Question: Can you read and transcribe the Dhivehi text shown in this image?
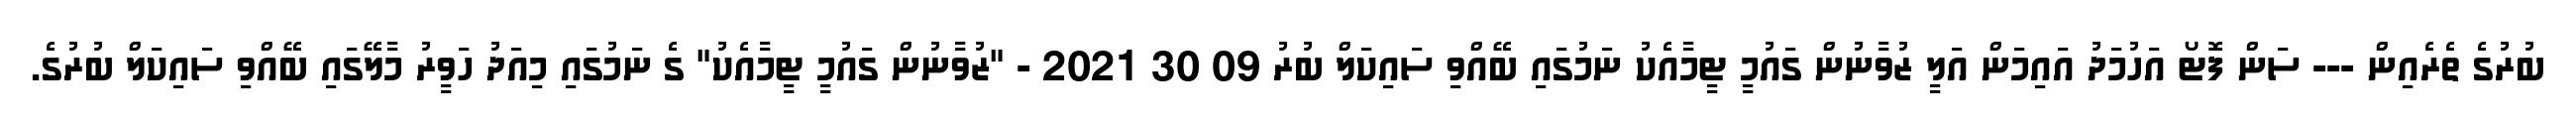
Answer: ބުރުގެ ތެރެއިން --- ސަން ފޮޓޯ އަހުމަދު އައިމަން އަލީ ޒުވާނުން ގައުމީ ޓީމާއެކު ނަމުގައި ބޭއްވި ސައިކަލް ބުރު 09 30 2021 - "ޒުވާނުން ގައުމީ ޓީމާއެކު" ގެ ނަމުގައި މިއަދު ހަވީރު މާލޭގައި ބޭއްވި ސައިކަލް ބުރުގެ.